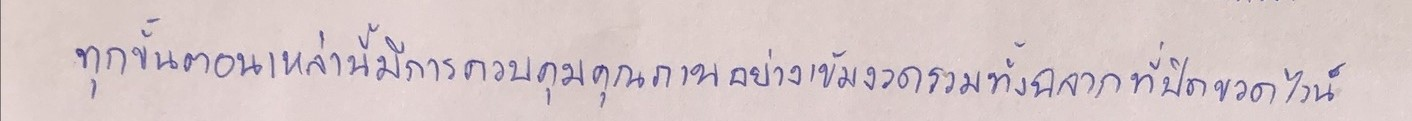
ทุกขั้นตอนเหล่านี้มีการควบคุมคุณภาพอย่างเข้มงวดรวมทั้งฉลากที่ปิดขวดไวน์